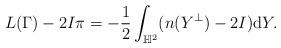
LaTeX: \begin{align*}L(\Gamma)-2I\pi=-\frac{1}{2}\int_{\mathbb{H}^2}(n(Y^\perp)-2I)\mathrm{d}Y.\end{align*}